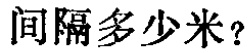
间隔多少米？